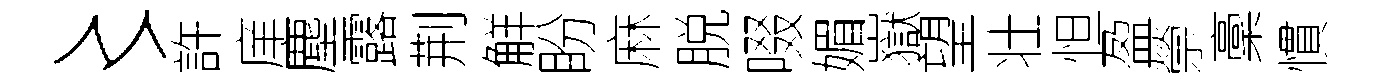
〻許庠塵露荆觧盼麻脱啜媚嶽望壮怛盈禜稾慣